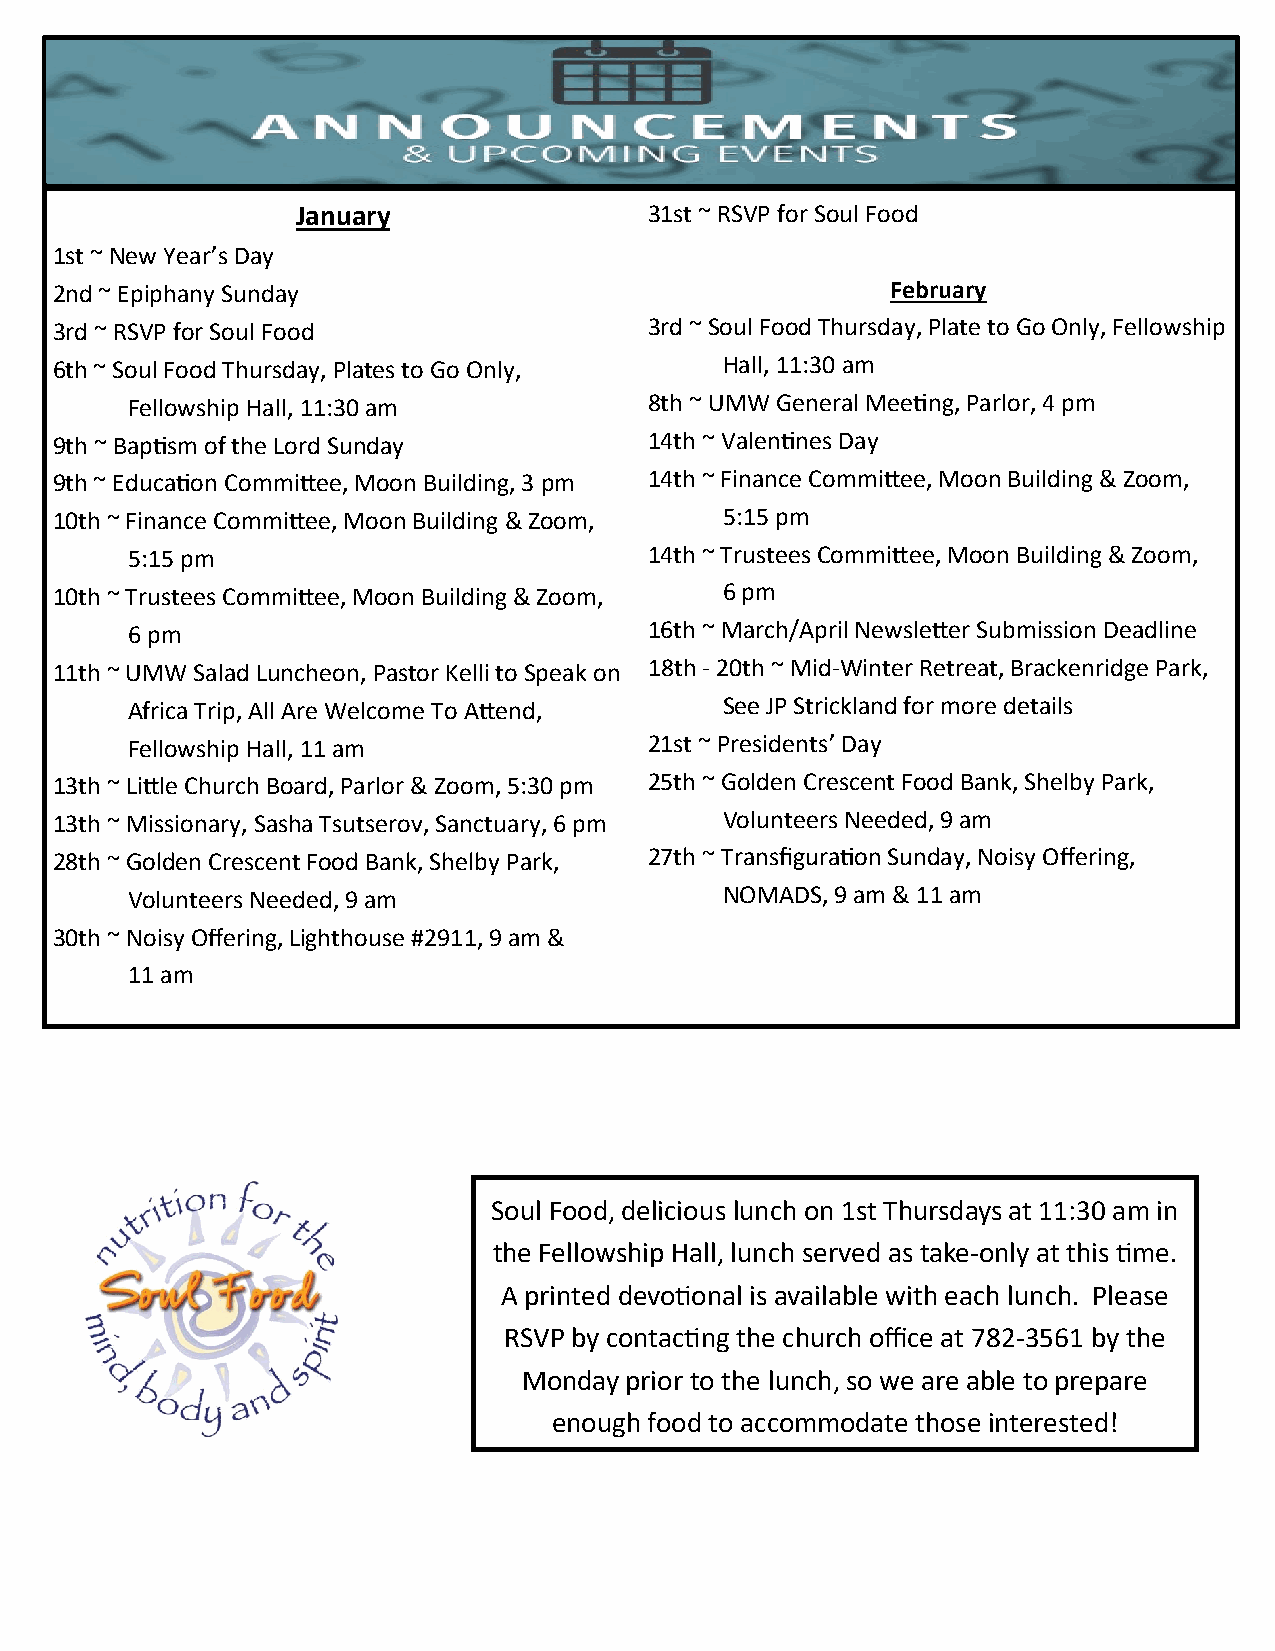
January                31st ~ RSVP for Soul Food
 1st ~ New Year’s Day
 2nd ~ Epiphany Sunday                                   February
 3rd ~ RSVP for Soul Food                3rd ~ Soul Food Thursday, Plate to Go Only, Fellowship
 6th ~ Soul Food Thursday, Plates to Go Only, Hall, 11:30 am
 Fellowship Hall, 11:30 am          8th ~ UMW General Meeting, Parlor, 4 pm
 9th ~ Baptism of the Lord Sunday        14th ~ Valentines Day
 9th ~ Education Committee, Moon Building, 3 pm 14th ~ Finance Committee, Moon Building & Zoom,
 10th ~ Finance Committee, Moon Building & Zoom, 5:15 pm
 5:15 pm                            14th ~ Trustees Committee, Moon Building & Zoom,
 10th ~ Trustees Committee, Moon Building & Zoom, 6 pm
 6 pm                               16th ~ March/April Newsletter Submission Deadline
 11th ~ UMW Salad Luncheon, Pastor Kelli to Speak on 18th - 20th ~ Mid-Winter Retreat, Brackenridge Park,
 Africa Trip, All Are Welcome To Attend, See JP Strickland for more details
 Fellowship Hall, 11 am             21st ~ Presidents’ Day
 13th ~ Little Church Board, Parlor & Zoom, 5:30 pm 25th ~ Golden Crescent Food Bank, Shelby Park,
 13th ~ Missionary, Sasha Tsutserov, Sanctuary, 6 pm Volunteers Needed, 9 am
 28th ~ Golden Crescent Food Bank, Shelby Park, 27th ~ Transfiguration Sunday, Noisy Offering,
 Volunteers Needed, 9 am                 NOMADS, 9 am & 11 am
 30th ~ Noisy Offering, Lighthouse #2911, 9 am &
 11 am
 Soul Food, delicious lunch on 1st Thursdays at 11:30 am in
 the Fellowship Hall, lunch served as take-only at this time.
 A printed devotional is available with each lunch. Please
 RSVP by contacting the church office at 782-3561 by the
 Monday prior to the lunch, so we are able to prepare
 enough food to accommodate those interested!